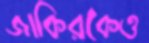
জাকিরকেও